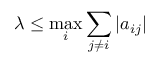
\lambda \leq \operatorname* { m a x } _ { i } \sum _ { j \neq i } | a _ { i j } |